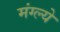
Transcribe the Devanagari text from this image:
मंग्ल्ये